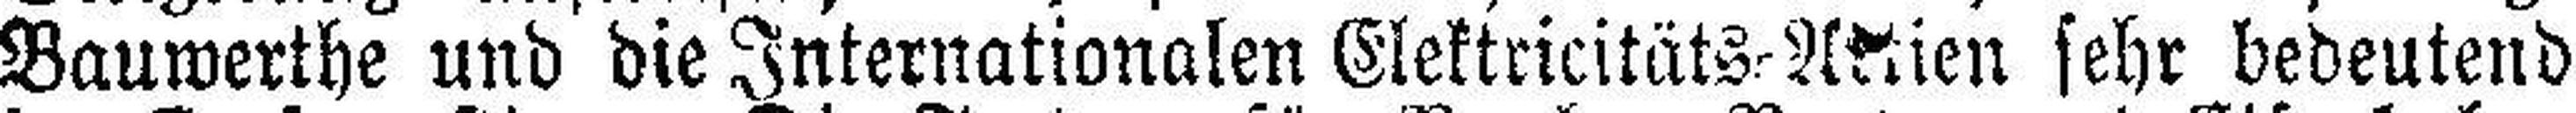
Bauwerthe und die Internationalen Elektricitäts=Aktien sehr bedeutend